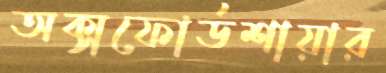
অক্সফোর্ডশায়ার